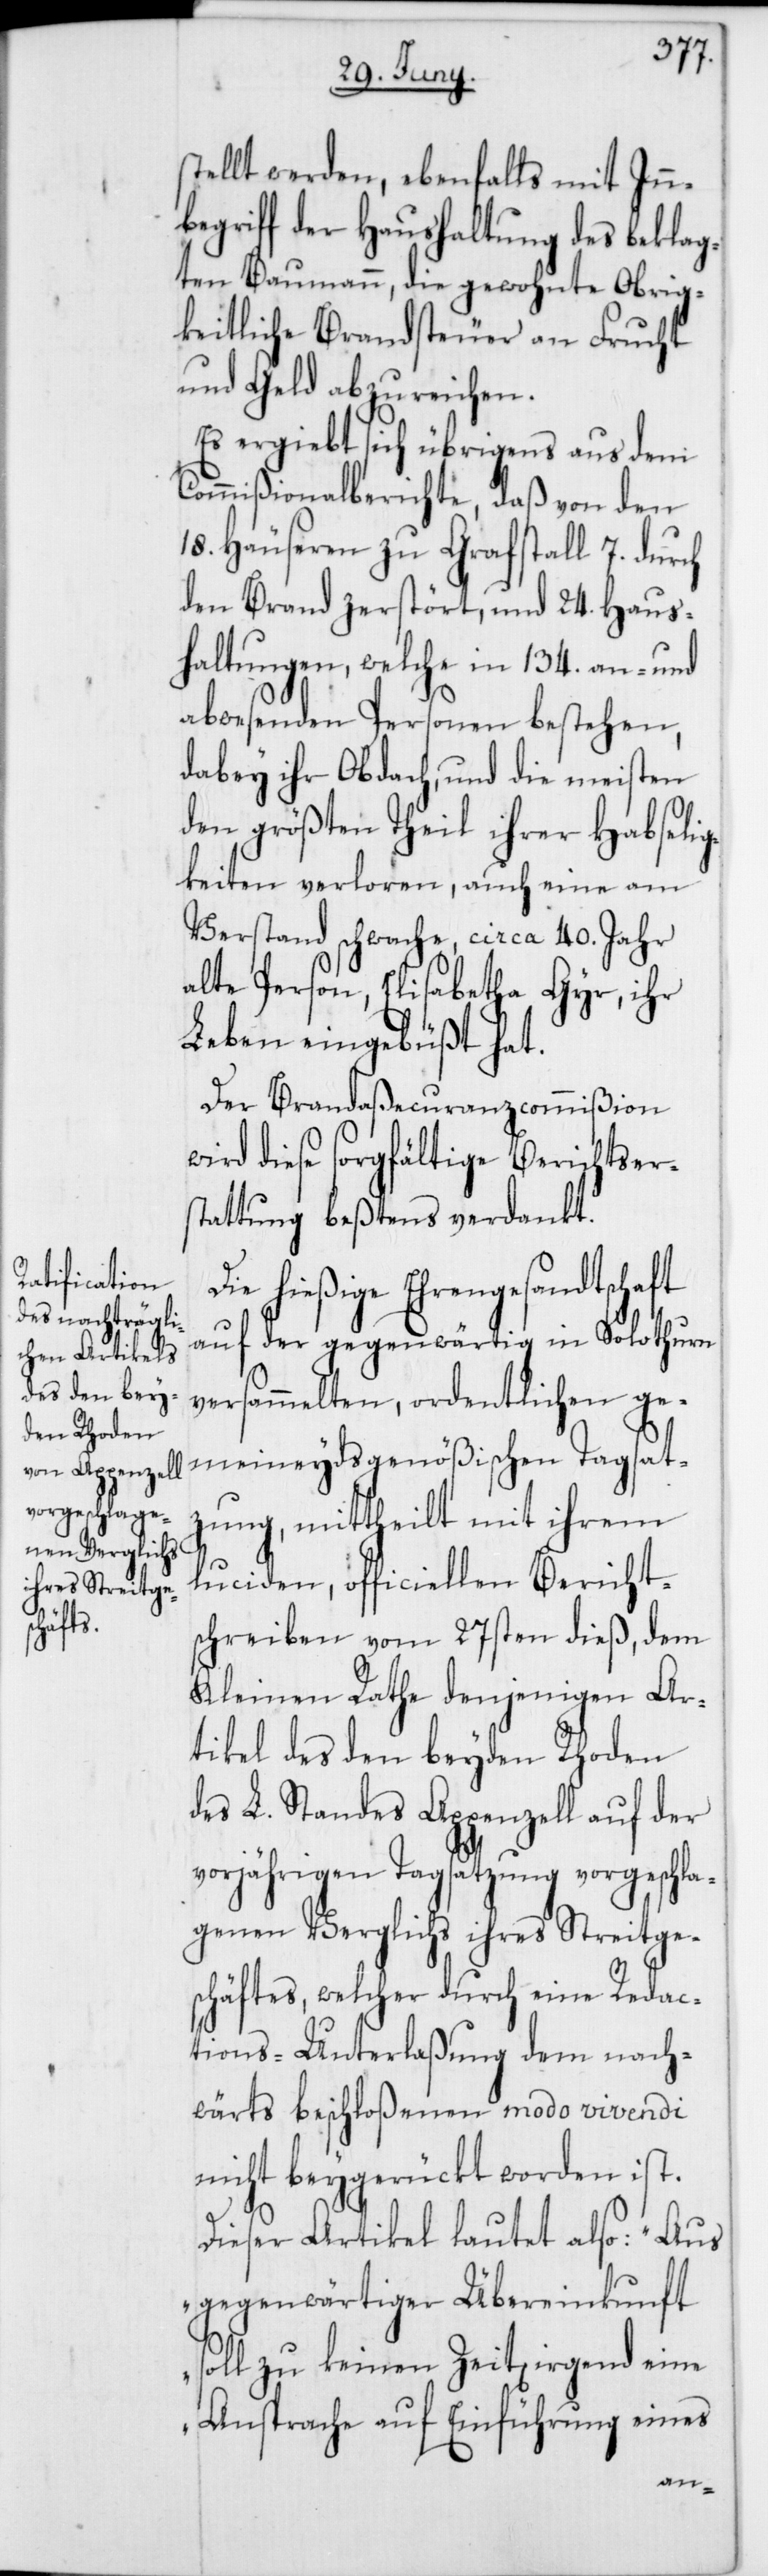
stellt werden, ebenfalls mit Inn¬
begriff der Haushaltung des beklag¬
ten Baumann, die gewohnte Obrig¬
keitliche Brandsteuer an Frucht
und Geld abzureichen.
Es ergiebt sich übrigens aus dem
Commißionalberichte, daß von den
18. Häuseren zu Grafstall, 7. durch
den Brand zerstört, und 24. Haus¬
haltungen, welche in 134. an- und
abwesenden Personen bestehen,
dabey ihr Obdach, und die meisten
den größten Theil ihrer Habseli¬
gkeiten verloren, auch eine am
Verstand schwache, circa 40. Jahr
alte Person, Elisabetha Gyr, ihr
Leben eingebüßt hat.
Der Brandaßecuranzcommißion
wird diese sorgfältige Berichtsers¬
tattung beßtens verdankt.
hießige Ehrengesandtschaft
auf der gegenwärtig in Solothurn
versammelten, ordentlichen ge¬
meineydsgenößischen Tagsat¬
zung, mittheilt mit ihrem
luciden, officiellen Bericht¬
schreiben vom 27sten dieß, dem
Kleinen Rathe denjenigen Ar¬
tikel es den beyden Rhoden
des L. Standes Appenzell auf der
vorjährigen Tagsatzung vorgeschla¬
genen Verglichs ihres Streitge¬
schäftes, welcher durch eine Redac¬
tions-Unterlaßung dem nach¬
wärts beschloßenen modo vivendi
nicht beygerückt worden ist.
Dieser Artikel lautet also: „Aus
gegenwärtiger Übereinkunft
soll zu keinen Zeit[en] irg¬
Ansprache auf Einführung eines
end